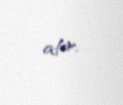
atır.